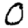
Digit: 0